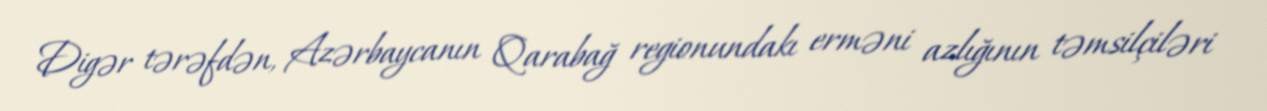
Digər tərəfdən, Azərbaycanın Qarabağ regionundakı erməni azlığının təmsilçiləri